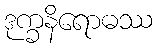
ဒုက္ခနိရောဓဿ